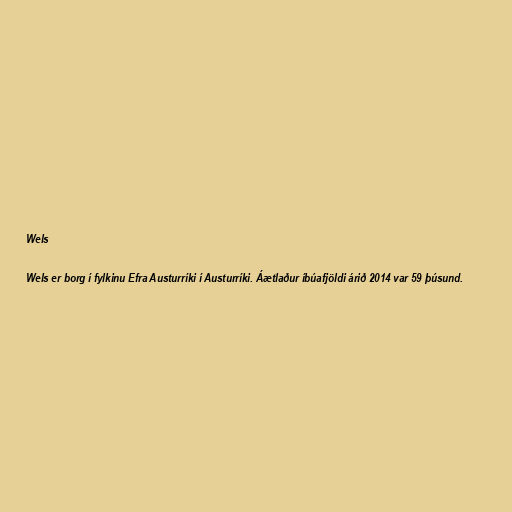
Wels

Wels er borg í fylkinu Efra Austurríki í Austurríki. Áætlaður íbúafjöldi árið 2014 var 59 þúsund.